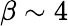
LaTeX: \beta\sim 4